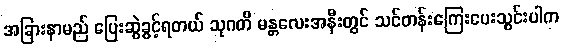
အခြားနာမည် ပြေးဆွဲခွင့်ရတယ် သုဂတိ မန္တလေးအနီးတွင် သင်တန်းကြေးပေးသွင်းပါက